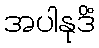
အပါနုဒိံ